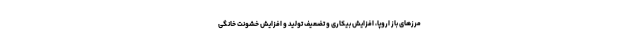
مرزهای باز اروپا، افزایش بیکاری و تضعیف تولید و افزایش خشونت خانگی